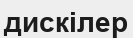
дискілер